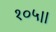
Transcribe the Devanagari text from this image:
१०५।।